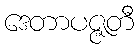
ဒေတာပဇ္ဇတီ